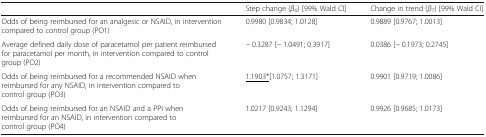
<table><thead><tr><td></td><td><b>Step change (<i>β</i><sub>6</sub>) [99% Wald CI]</b></td><td><b>Change in trend (<i>β</i><sub>7</sub>) [99% Wald CI]</b></td></tr></thead><tbody><tr><td>Odds of being reimbursed for an analgesic or NSAID, in intervention compared to control group (PO1)</td><td>0.9980 [0.9834; 1.0128]</td><td>0.9889 [0.9767; 1.0013]</td></tr><tr><td>Average defined daily dose of paracetamol per patient reimbursed for paracetamol per month, in intervention compared to control group (PO2)</td><td>− 0.3287 [− 1.0491; 0.3917]</td><td>0.0386 [− 0.1973; 0.2745]</td></tr><tr><td>Odds of being reimbursed for a recommended NSAID when reimbursed for any NSAID, in intervention compared to control group (PO3)</td><td><underline>1.1903*</underline>[1.0757; 1.3171]</td><td>0.9901 [0.9719; 1.0086]</td></tr><tr><td>Odds of being reimbursed for an NSAID and a PPI when reimbursed for an NSAID, in intervention compared to control group (PO4)</td><td>1.0217 [0.9243; 1.1294]</td><td>0.9926 [0.9685; 1.0173]</td></tr></tbody></table>